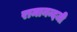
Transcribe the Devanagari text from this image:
रामानन्दजी